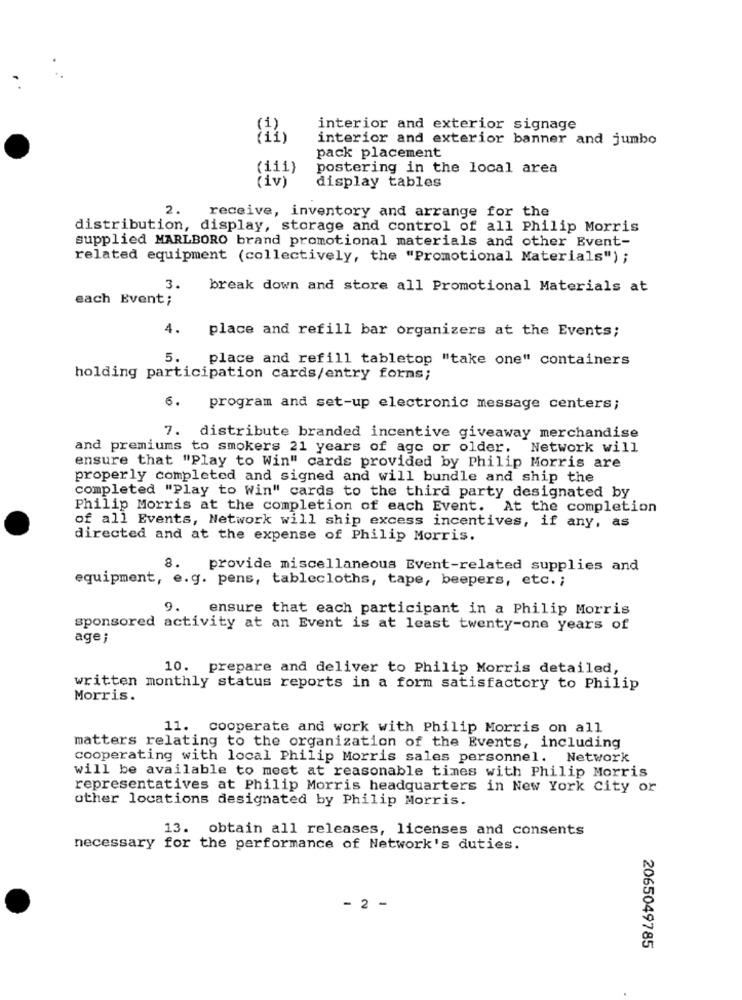
interior and exterior signage
interior and exterior banner and jumbo
pack placement
(iii)
postering in the local area
(iv)
display tables
2.
receive, inventory and arrange for the
distribution, display, storage and control of all Philip Morris
supplied MARLBORO brand promotional materials and other Event-
related equipment (collectively, the "Promotional Materials") ;
3.
break down and store all Promotional Materials at
each Event;
4.
place and refill bar organizers at the Events;
5.
place and refill tabletop "take one" containers
holding participation cards/entry forns;
6.
program and set-up electronic message centers;
7. distribute branded incentive giveaway merchandise
and premiums to smokers 21 years of age or older.
Network will
ensure that "Play to Win" cards provided by Philip Morris are
properly completed and signed and will bundle and ship the
completed "Play to Win" cards to the third party designated by
Philip Morris at the completion of each Event. At the completion
of all Events, Network will ship excess incentives, if any, as
directed and at the expense of Philip Morris.
8. provide miscellaneous Event-related supplies and
equipment, e.g. pens, tablecloths, tape, beepers, etc. ;
9.
ensure that each participant in a Philip Morris
sponsored activity at an Event is at least twenty-one years of
age ;
10. prepare and deliver to Philip Morris detailed,
written monthly status reports in a form satisfactory to Philip
Morris.
11. cooperate and work with Philip Morris on all
matters relating to the organization of the Events, including
cooperating with local Philip Morris sales personnel. Network
will be available to meet at reasonable times with Philip Morris
representatives at Philip Morris headquarters in New York City or
other locations designated by Philip Morris.
13. obtain all releases, licenses and consents
necessary for the performance of Network's duties.
- 2 -
2065049785